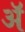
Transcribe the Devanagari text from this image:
अॅ